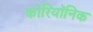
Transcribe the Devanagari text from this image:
कोरियॉनिक